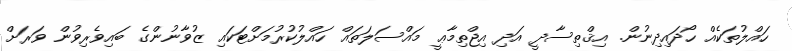
ހައްލުތަކެއް ހޯދައިދިނުން. އިޤްތިސާދީ އަދި އިޖްތިމާޢީ މައްސަލަތައް ހައްލުކުރުމަށްޓަކައި ޒުވާނުންގެ ބައިވެރިވުން ވަރަށް